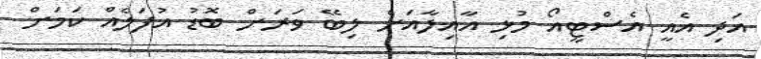
އަދި އެއީ އެސްޓީއޯ މުޅި އާއިލާއަށް ލިބޭ ވަރަށް ބޮޑު އުފަލެއް ކަމަށް